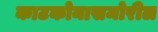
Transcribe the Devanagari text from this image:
काटकोनासमोरील